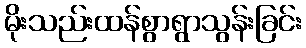
မိုးသည်းထန်စွာရွာသွန်းခြင်း